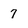
Character: 7